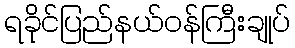
ရခိုင်ပြည်နယ်ဝန်ကြီးချုပ်